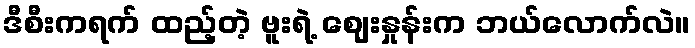
ဒီစီးကရက် ထည့်တဲ့ ဗူးရဲ့ ဈေးနှုန်းက ဘယ်လောက်လဲ။